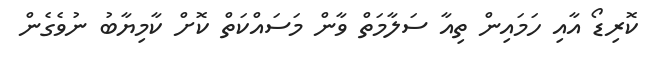
ކޮރިޑޯ އާއި ހަމައިން ތިއާ ސަލާމަތް ވާން މަސައްކަތް ކޮށް ކާމިޔާބު ނުވެގެން